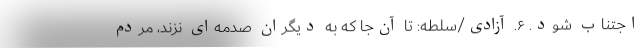
اجتناب شود. ۶. آزادی/سلطه: تا آن‌جا که به دیگران صدمه‌ای نزند، مردم